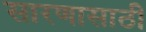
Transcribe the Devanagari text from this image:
सारणासाठी